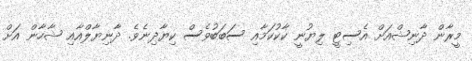
މީރާން ދާނިޝްއަށް އެސިޓީ ލިޔުނީ ކާކުކަމާއި ސަބަބުވެސް ކިޔާދިނެވެ. ދާނިޔާލްއާއި ޝާހާން އަށް